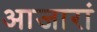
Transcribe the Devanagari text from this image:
आजारां